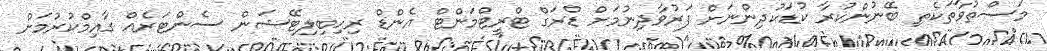
މަސްތުވާތަކެތި ބޭނުންކުރާ ކުޑަކުދިންނަށް ފަރުވާދިނުމަށް ޑްރަގް ޓްރީޓްމަންޓް އެންޑް ރިހިބިލިޓޭޝަން ސެންޓަރެއް ގާއިމްކުރުމަށް